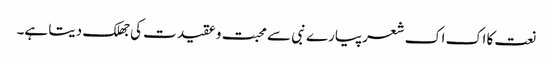
نعت کا اک اک شعرپیارے نبی سے محبت و عقیدت کی جھلک دیتا ہے۔